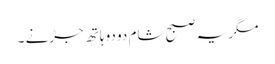
مگر یہ صبح شام دو دو ہاتھ جڑنے ۔